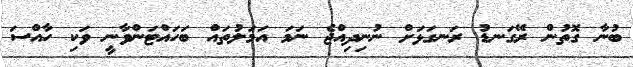
ބުނާ ގޮތުން ރޭގަނޑު ރަނގަޅަށް ނުނިދިއްޖެ ނަމަ އަމަލުތައް ބަހައްޓަންވާނީ ވަކި ހާއްސަ